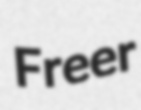
Freer